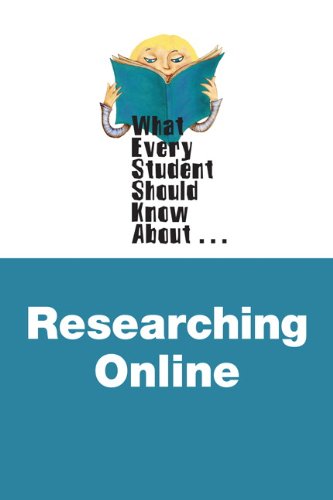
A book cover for What Every Student Should Know about Researching Online, 2nd Edition; David Munger; Computers & Technology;